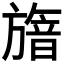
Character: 𣄕